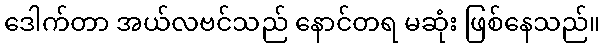
ဒေါက်တာ အယ်လဗင်သည် နောင်တရ မဆုံး ဖြစ်နေသည်။